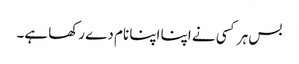
بس ہر کسی نے اپنا اپنا نام دے رکھا ہے۔